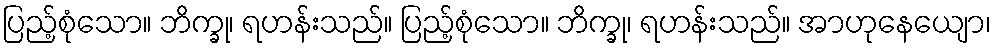
ပြည့်စုံသော။ ဘိက္ခု၊ ရဟန်းသည်။ ပြည့်စုံသော။ ဘိက္ခု၊ ရဟန်းသည်။ အာဟုနေယျော၊